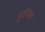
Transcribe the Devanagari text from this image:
मुरियल